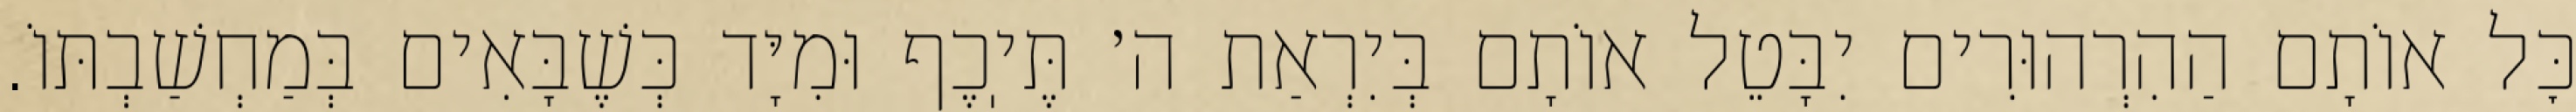
כׇּל אוֹתָם הַהִרְהוּרִים יִבָּטֵל אוֹתָם בְּיִרְאַת ה׳ תֶּיֽכֶף וּמִיָּד כְּשֶׁבָּאִים בְּמַחְשַׁבְתּוֹ.